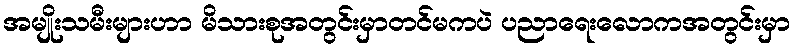
အမျိုးသမီးများဟာ မိသားစုအတွင်းမှာတင်မကပဲ ပညာရေးလောကအတွင်းမှာ